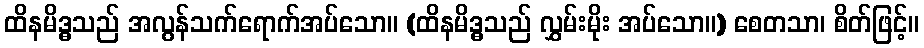
ထိနမိဒ္ဓသည် အလွန်သက်ရောက်အပ်သော။ (ထိနမိဒ္ဓသည် လွှမ်းမိုး အပ်သော။) စေတသာ၊ စိတ်ဖြင့်။